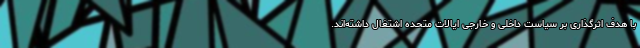
با هدف اثرگذاری بر سیاست داخلی و خارجی ایالات متحده اشتغال داشته‌اند.